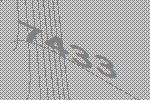
7433